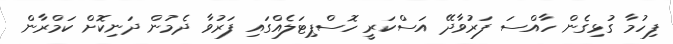
ފިހުމާ ގުޅިގެން ހާއްސަ ފަރުވާދޭ އަސްކަރީ ހޮސްޕިޓަލެއްގައި ފަރުވާ ދެމުން ދަނިކޮށް ކަމްރާން